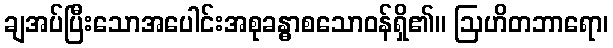
ချအပ်ပြီးသောအပေါင်းအစုခန္ဓာစသောဝန်ရှိ၏။ ဩဟိတဘာရော၊